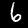
Digit: 6